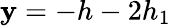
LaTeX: \mathbf{y}=-h-2h_{1}